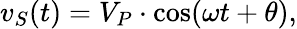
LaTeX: v_{S}(t)=V_{P}\cdot\cos(\omega t+\theta),